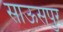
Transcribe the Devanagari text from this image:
साऊसपुर